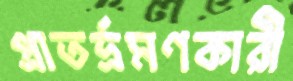
প্রাতর্ভ্রমণকারী